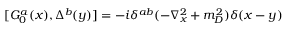
{ [ { \cal { G } } _ { 0 } ^ { a } ( x ) , \Delta ^ { b } ( y ) ] } = - i \delta ^ { a b } ( - \nabla _ { x } ^ { 2 } + m _ { D } ^ { 2 } ) \delta ( x - y )